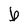
Character: b